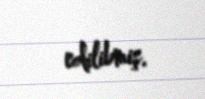
edilibmiş.